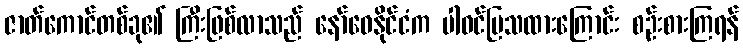
ဇာတ်ကောင်တစ်ခု၏ ကြီးဖြစ်လာသည် နော်ဝေနိုင်ငံက ပါဝင်ပြသထားကြောင်း စဉ်းစားကြရန်